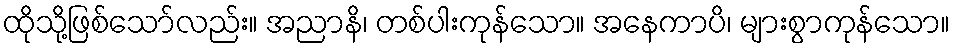
ထိုသို့ဖြစ်သော်လည်း။ အညာနိ၊ တစ်ပါးကုန်သော။ အနေကာပိ၊ များစွာကုန်သော။